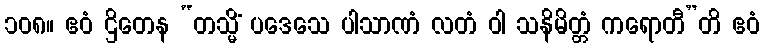
၁၀၈။ ဧဝံ ဌိတေန “တသ္မိံ ပဒေသေ ပါသာဏံ လတံ ဝါ သနိမိတ္တံ ကရောတီ”တိ ဧဝံ